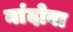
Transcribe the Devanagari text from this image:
नांदोबा